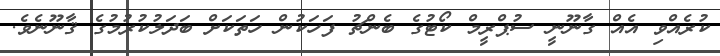
ކުރެއްވި އެއް ގާނޫނީ ސުޕްރީމް ކޯޓުގެ ބެންޗު ފަހަކުން ހަތަކަށް ބަދަލުކުރުމުގެ ޤާނޫނެވެ.